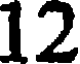
12